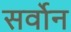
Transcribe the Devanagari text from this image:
सर्वोन